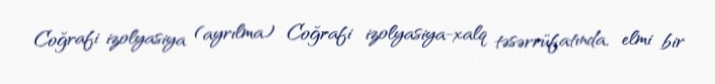
Coğrafi izolyasiya (ayrılma) Coğrafi izolyasiya-xalq təsərrüfatında, elmi bir